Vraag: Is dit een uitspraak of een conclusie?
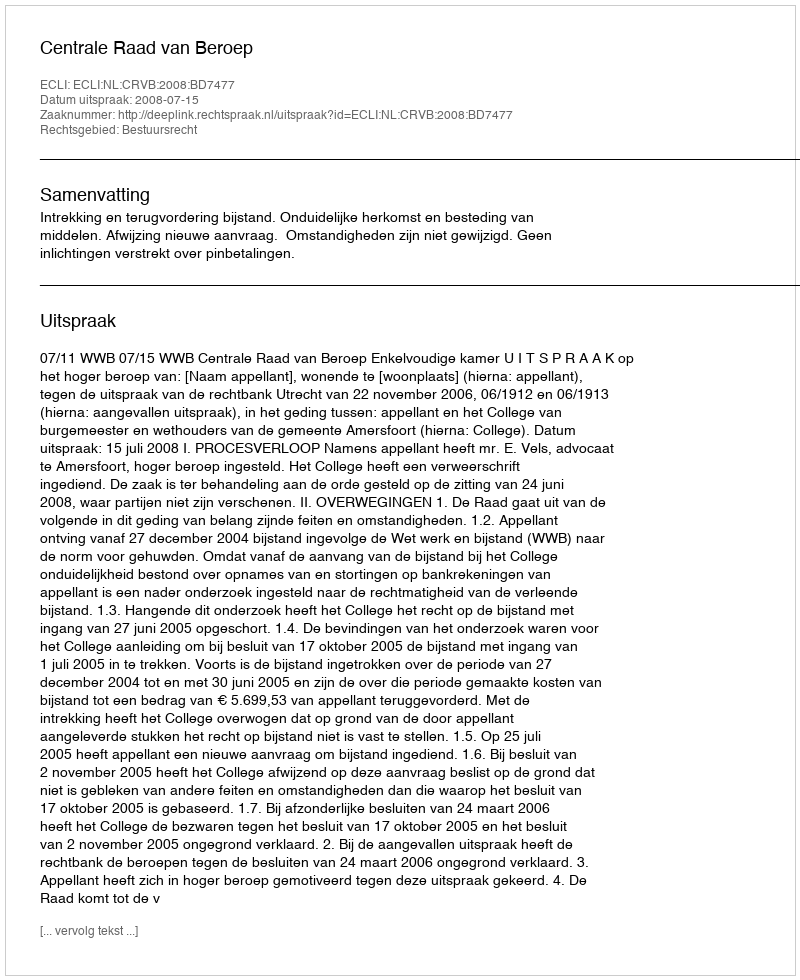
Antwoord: Uitspraak